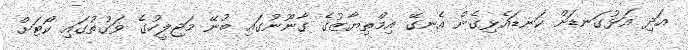
އަދި އަޅުގަނޑަށް ކަނޑައެޅިގެން އެނގޭ އިމްތިޔާޒުގެ ގާނޫނުގައި ބުނޭ މަޖިލީހުގެ ވަގުތުގައި ކޯޓަށް